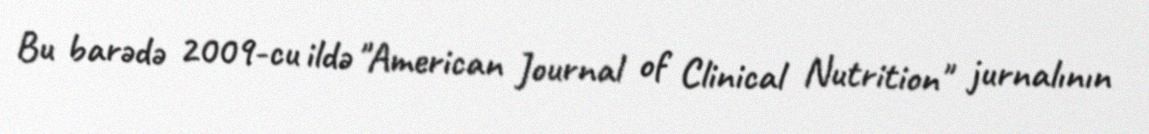
Bu barədə 2009-cu ildə "American Journal of Clinical Nutrition" jurnalının